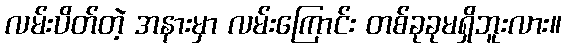
လမ်းပိတ်တဲ့ အနားမှာ လမ်းကြောင်း တစ်ခုခုမရှိဘူးလား။